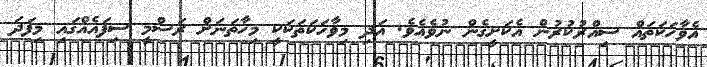
އެވާހަކަތައް ސިއްރުކުރުން އެކަށީގެން ނުވެއެވެ. އަދި މިވާހަކަތަކަކީ މިހާތަނަށް ރަސްމީ ސިފައެއްގައި މިފަދަ